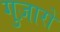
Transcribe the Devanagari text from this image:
गुज़ारों